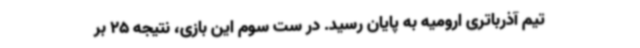
تیم آذرباتری ارومیه به پایان رسید. در ست سوم این بازی، نتیجه 25 بر